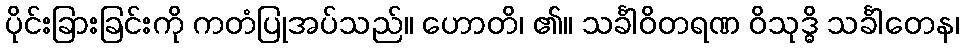
ပိုင်းခြားခြင်းကို ကတံပြုအပ်သည်။ ဟောတိ၊ ၏။ သင်္ခါဝိတရဏ ဝိသုဒ္ဓိ သင်္ခါတေန၊